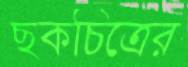
ছকচিত্রের